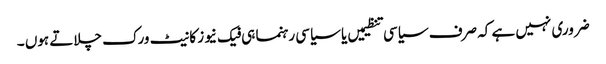
ضروری نہیں ہے کہ صرف سیاسی تنظیمیں یا سیاسی رہنما ہی فیک نیوز کا نیٹ ورک چلاتے ہوں ۔